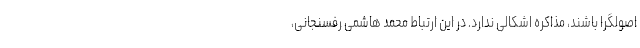
اصولگرا باشند، مذاکره اشکالی ندارد. در این ارتباط محمد هاشمی رفسنجانی،